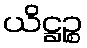
ယိဋ္ဌဉ္စ